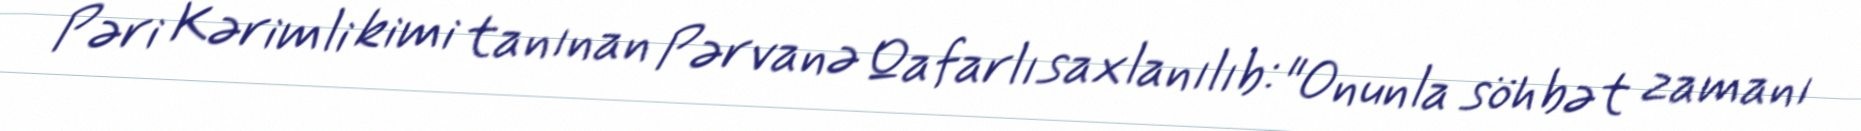
Pəri Kərimli kimi tanınan Pərvanə Qafarlı saxlanılıb: "Onunla söhbət zamanı